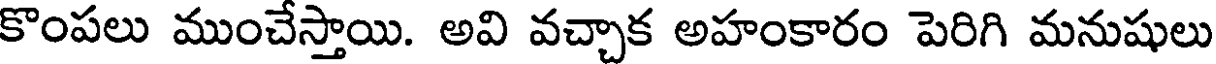
కొంపలు ముంచేస్తాయి. అవి వచ్చాక అహంకారం పెరిగి మనుషులు